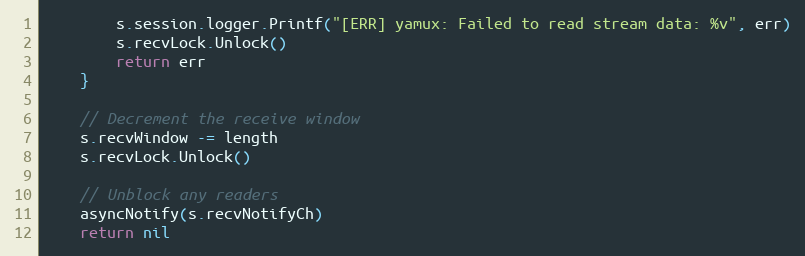
Language: Go
		s.session.logger.Printf("[ERR] yamux: Failed to read stream data: %v", err)
		s.recvLock.Unlock()
		return err
	}

	// Decrement the receive window
	s.recvWindow -= length
	s.recvLock.Unlock()

	// Unblock any readers
	asyncNotify(s.recvNotifyCh)
	return nil